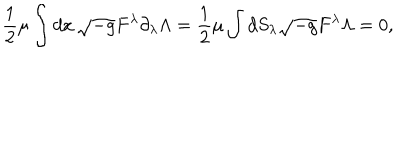
{ \frac { 1 } { 2 } } \mu \int d x \, \sqrt { - g } F ^ { \lambda } \partial _ { \lambda } \Lambda = { \frac { 1 } { 2 } } \mu \int d S _ { \lambda } \sqrt { - g } F ^ { \lambda } \Lambda = 0 ,